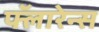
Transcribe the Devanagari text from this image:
फ्लॅारेन्स